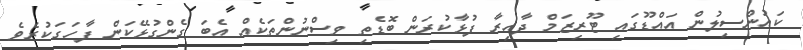
ކައުންސިލުން އައްޑޫގައި ޓޫރިޒަމް ދާއިރާ ފުޅާކުރަން ބޮޑެތި ވިސްނުންތަކެއް އެބަ ގެންގުޅޭކަން ފާހަގަކުރެވެ